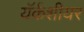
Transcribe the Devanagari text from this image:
यॅर्कशीयर